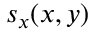
s _ { x } ( x , y )